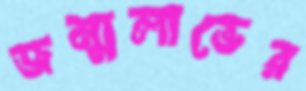
জন্মলাভের